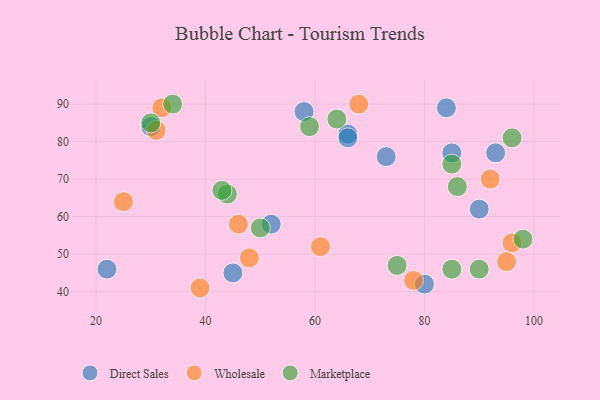
{"axis": {"x": "GDP", "y": "Life Expectancy"}, "legend": ["Direct Sales", "Marketplace", "Wholesale"], "data": [{"x": "22", "y": 46, "type": "Direct Sales"}, {"x": "84", "y": 89, "type": "Direct Sales"}, {"x": "85", "y": 77, "type": "Direct Sales"}, {"x": "73", "y": 76, "type": "Direct Sales"}, {"x": "90", "y": 62, "type": "Direct Sales"}, {"x": "66", "y": 82, "type": "Direct Sales"}, {"x": "52", "y": 58, "type": "Direct Sales"}, {"x": "58", "y": 88, "type": "Direct Sales"}, {"x": "66", "y": 81, "type": "Direct Sales"}, {"x": "80", "y": 42, "type": "Direct Sales"}, {"x": "30", "y": 84, "type": "Direct Sales"}, {"x": "45", "y": 45, "type": "Direct Sales"}, {"x": "93", "y": 77, "type": "Direct Sales"}, {"x": "46", "y": 58, "type": "Wholesale"}, {"x": "32", "y": 89, "type": "Wholesale"}, {"x": "48", "y": 49, "type": "Wholesale"}, {"x": "92", "y": 70, "type": "Wholesale"}, {"x": "61", "y": 52, "type": "Wholesale"}, {"x": "39", "y": 41, "type": "Wholesale"}, {"x": "95", "y": 48, "type": "Wholesale"}, {"x": "25", "y": 64, "type": "Wholesale"}, {"x": "96", "y": 53, "type": "Wholesale"}, {"x": "68", "y": 90, "type": "Wholesale"}, {"x": "78", "y": 43, "type": "Wholesale"}, {"x": "31", "y": 83, "type": "Wholesale"}, {"x": "50", "y": 57, "type": "Marketplace"}, {"x": "34", "y": 90, "type": "Marketplace"}, {"x": "90", "y": 46, "type": "Marketplace"}, {"x": "75", "y": 47, "type": "Marketplace"}, {"x": "64", "y": 86, "type": "Marketplace"}, {"x": "85", "y": 46, "type": "Marketplace"}, {"x": "30", "y": 85, "type": "Marketplace"}, {"x": "96", "y": 81, "type": "Marketplace"}, {"x": "59", "y": 84, "type": "Marketplace"}, {"x": "86", "y": 68, "type": "Marketplace"}, {"x": "44", "y": 66, "type": "Marketplace"}, {"x": "98", "y": 54, "type": "Marketplace"}, {"x": "85", "y": 74, "type": "Marketplace"}, {"x": "43", "y": 67, "type": "Marketplace"}]}